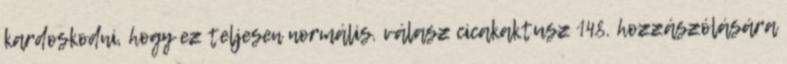
kardoskodni, hogy ez teljesen normális. válasz cicakaktusz 148. hozzászólására